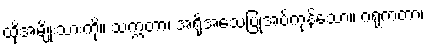
ထိုအမျိုးသားကို။ သက္ကတာ၊ အရိုအသေပြုအပ်ကုန်သော။ ဂရုံကတာ၊